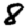
Digit: 8